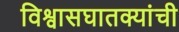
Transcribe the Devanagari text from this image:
विश्वासघातक्यांची